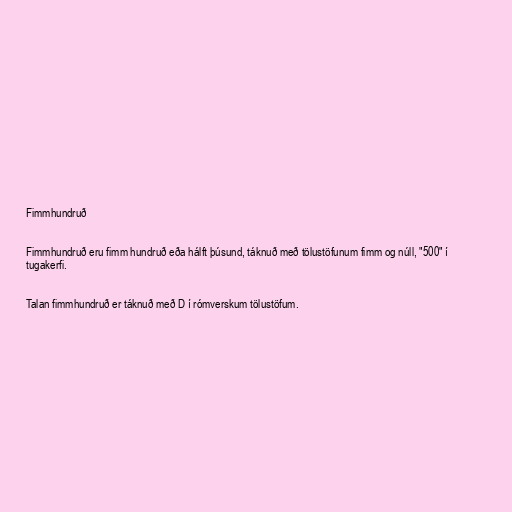
Fimmhundruð

Fimmhundruð eru fimm hundruð eða hálft þúsund, táknuð með tölustöfunum fimm og núll, "500" í
tugakerfi.

Talan fimmhundruð er táknuð með D í rómverskum tölustöfum.